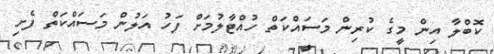
ކޮބްލާ އިން މީގެ ކުރިން މަސައްކަތް ހުއްޓާލުމަށް ފަހު އަލުން މަސައްކަތް ފެށި